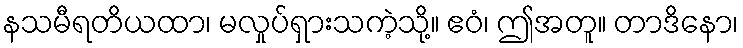
နသမီရတိယထာ၊ မလှုပ်ရှားသကဲ့သို့။ ဧဝံ၊ ဤအတူ။ တာဒိနော၊